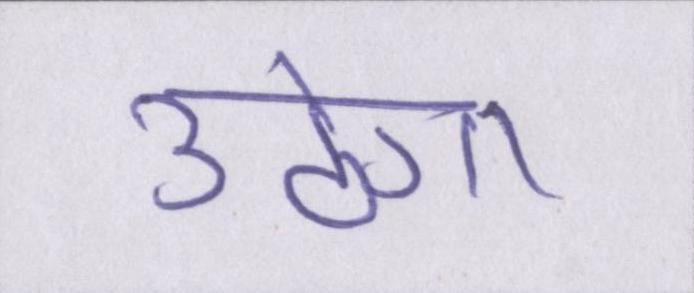
उठेगा